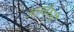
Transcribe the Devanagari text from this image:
अलवेरुनी